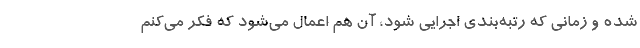
شده و زمانی که رتبه‌بندی اجرایی شود، آن هم اعمال می‌شود که فکر می‌کنم